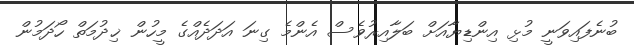
ބުނެފައިވަނީ މުޅި އިންޑިޔާއަށް ބަލާއިރުވެސް އެންމެ ގިނަ އަދަދެއްގެ މީހުން ޚިދުމަތް ހޯދަމުން